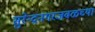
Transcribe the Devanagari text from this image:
सुरेन्द्रनगरजवळच्या